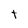
Character: t